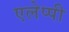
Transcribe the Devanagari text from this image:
एलेप्पी